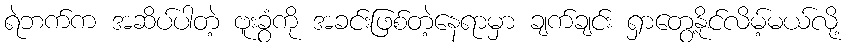
ရဲဘက်က အဆိပ်ပါတဲ့ ဗူးခွံကို အခင်းဖြစ်တဲ့နေရာမှာ ချက်ချင်း ရှာတွေ့နိုင်လိမ့်မယ်လို့